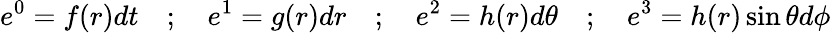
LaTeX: e^{0}=f(r)dt\quad;\quad e^{1}=g(r)dr\quad;\quad e^{2}=h(r)d\theta\quad;\quad e^{3}=h(r)\sin\theta d\phi